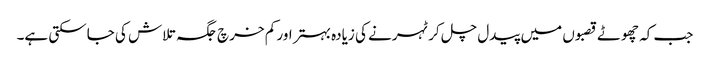
جب کہ چھوٹے قصبوں میں پیدل چل کر ٹہرنے کی زیادہ بہتر اور کم خرچ جگہ تلاش کی جاسکتی ہے۔